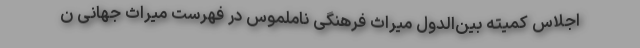
اجلاس کمیته بین‌الدول میراث فرهنگی ناملموس در فهرست میراث جهانی ن